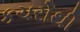
કચરોથી